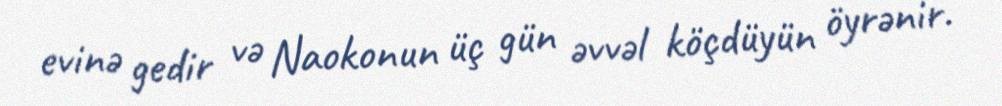
evinə gedir və Naokonun üç gün əvvəl köçdüyün öyrənir.